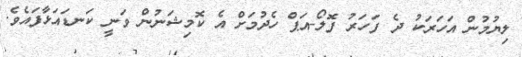
ލިޔުމުން އަހަރަކު ދެ ފަހަރު ފޮލޯ-އަޕް ހެދުމަށް އެ ކޮމިޝަނުން ވަނީ ކަނޑައަޅާފައެވެ.